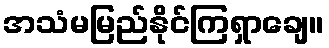
အသံမမြည်နိုင်ကြရှာချေ။